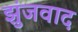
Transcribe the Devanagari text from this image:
झुंजवाद